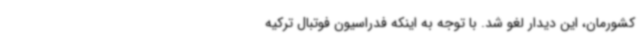
کشورمان، این دیدار لغو شد. با توجه به اینکه فدراسیون فوتبال ترکیه